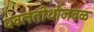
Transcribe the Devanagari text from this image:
धवलतीर्थाजवळ